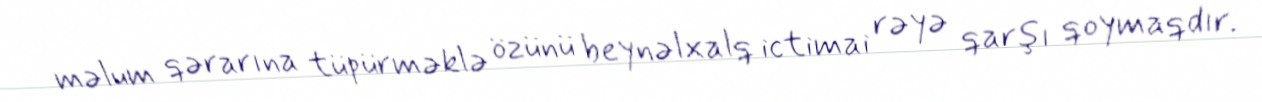
məlum qərarına tüpürməklə özünü beynəlxalq ictimai rəyə qarşı qoymaqdır.